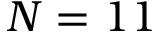
N = 1 1